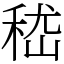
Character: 嵇